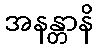
အနန္တာနိ